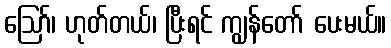
ဪ၊ ဟုတ်တယ်၊ ပြီးရင် ကျွန်တော် ပေးမယ်။